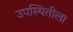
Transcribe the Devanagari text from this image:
उपस्थितीला